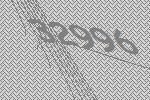
32996